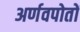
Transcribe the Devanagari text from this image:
अर्णवपोतों